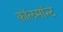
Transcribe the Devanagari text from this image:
कॉलमॉन्ट